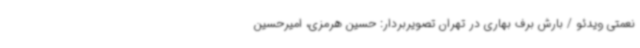
نعمتی ویدئو / بارش برف بهاری در تهران تصویربردار: حسین هرمزی، امیرحسین